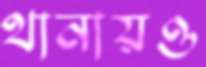
থানায়ও